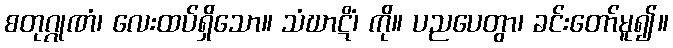
စတုဂ္ဂုဏံ၊ လေးထပ်ရှိသော။ သံဃာဋိံ၊ ကို။ ပညပေတွာ၊ ခင်းတော်မူ၍။